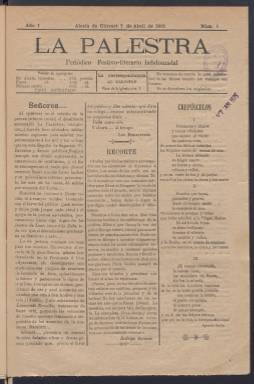
Título: La Palestra (Alcalá de Chivert)
Colección: Periódicos
Ámbito geográfico: Castellón
Lugar de publicación: Alcalá de Chivert [Castellón]
Fechas: 07/04/1901-26/05/1901